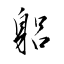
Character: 躳